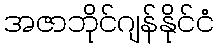
အဇာဘိုင်ဂျန်နိုင်ငံ